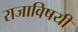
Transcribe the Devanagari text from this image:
राजाविषयी